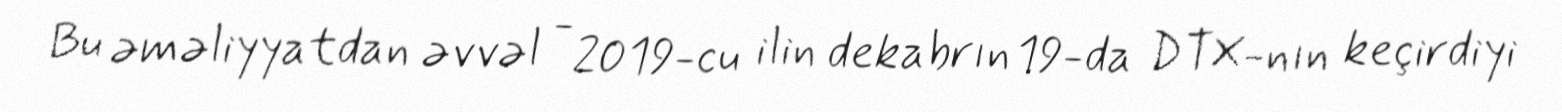
Bu əməliyyatdan əvvəl - 2019-cu ilin dekabrın 19-da DTX-nın keçirdiyi